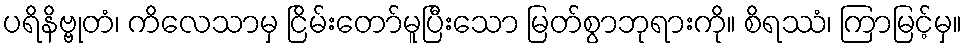
ပရိနိဗ္ဗုတံ၊ ကိလေသာမှ ငြိမ်းတော်မူပြီးသော မြတ်စွာဘုရားကို။ စိရဿံ၊ ကြာမြင့်မှ။